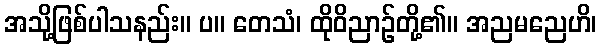
အသို့ဖြစ်ပါသနည်း။ ပ။ တေသံ၊ ထိုဝိညာဉ်တို့၏။ အညမညေဟိ၊